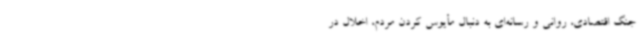
جنگ اقتصادی، روانی و رسانه‌ای به دنبال مأیوس کردن مردم، اخلال در